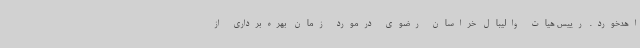
اهدخورد. رییس هیات والیبال خراسان رضوی درمورد زمان بهره‌برداری از